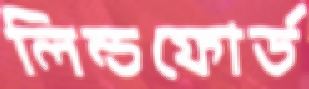
লিন্ডফোর্ড